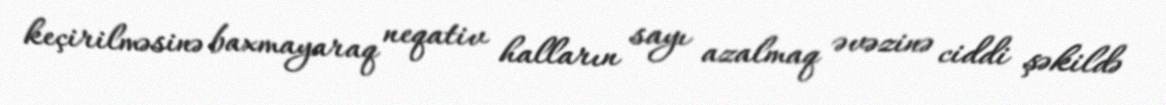
keçirilməsinə baxmayaraq neqativ halların sayı azalmaq əvəzinə ciddi şəkildə